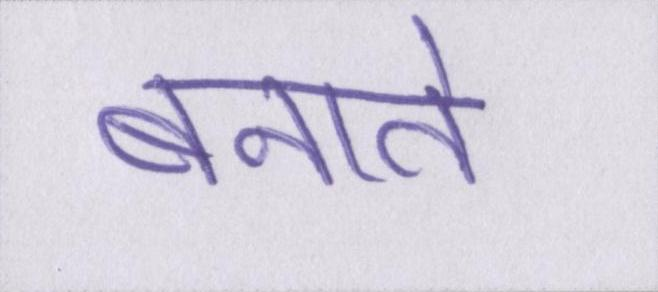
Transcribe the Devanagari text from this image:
बनाते